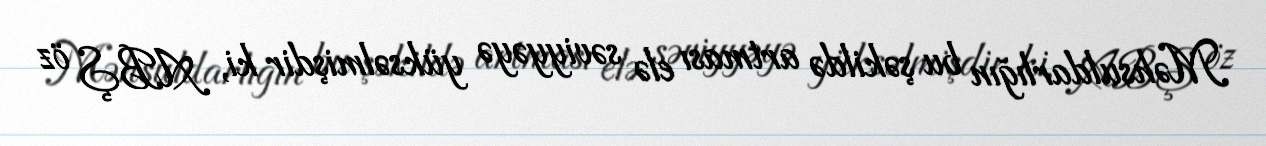
Məhsuldarlığın bu şəkildə artması elə səviyyəyə yüksəlmişdir ki, ABŞ öz